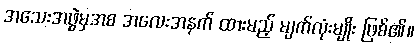
အသေးအဖွဲမှအစ အလေးအနက် ထားမည့် မျက်လုံးမျိုး ဖြစ်၏။